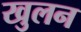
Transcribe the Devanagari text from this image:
खुलन